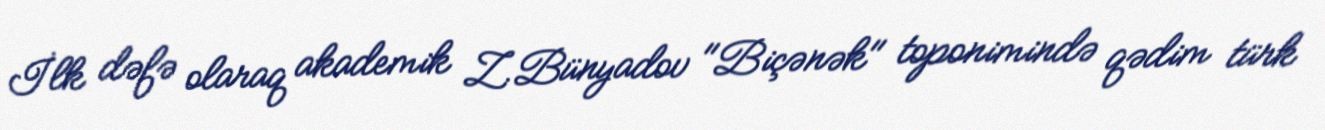
İlk dəfə olaraq akademik Z.Bünyadov "Biçənək" toponimində qədim türk